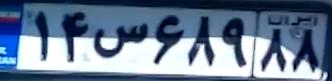
۱۴س۶۸۹۸۸